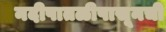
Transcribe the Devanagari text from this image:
नदीपातळीपासूनची